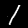
Label: 1